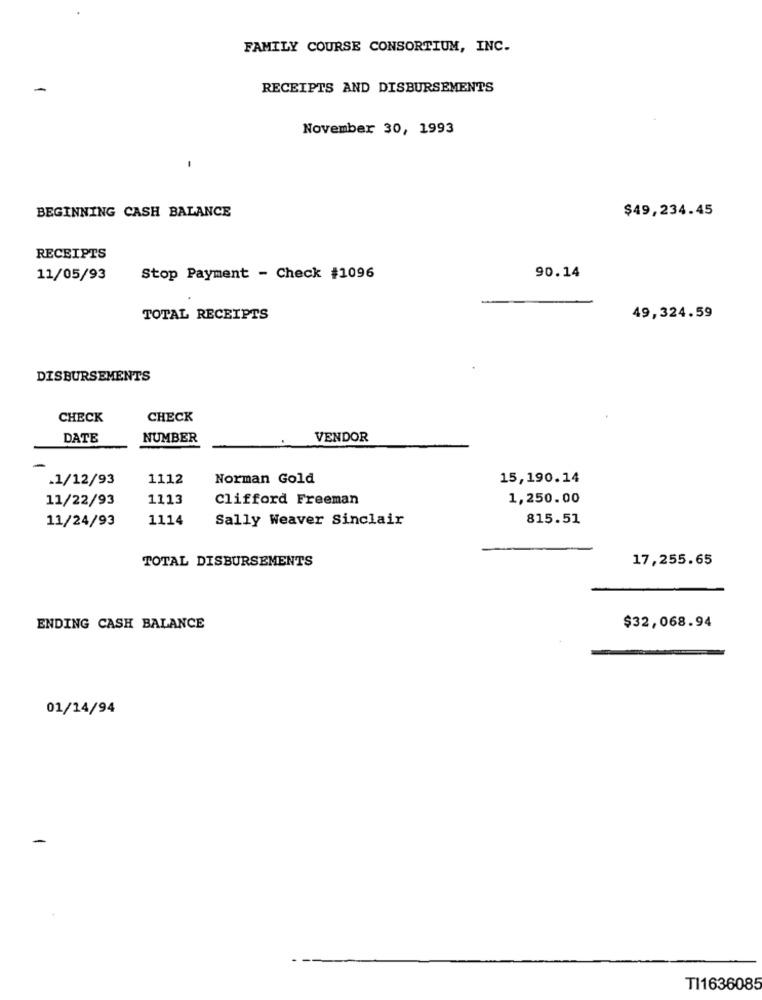
FAMILY COURSE CONSORTIUM, INC.
RECEIPTS AND DISBURSEMENTS
November 30, 1993
BEGINNING CASH BALANCE
$49,234.45
RECEIPTS
11/05/93
Stop Payment - Check #1096
90.14
TOTAL RECEIPTS
49,324.59
DISBURSEMENTS
CHECK
CHECK
DATE
NUMBER
VENDOR
-
.1/12/93
1112
Norman Gold
15,190.14
11/22/93
1113
Clifford Freeman
1,250.00
11/24/93
1114
Sally Weaver Sinclair
815.51
TOTAL DISBURSEMENTS
17,255.65
$32,068.94
ENDING CASH BALANCE
01/14/94
TI1636085